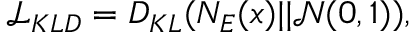
\mathcal { L } _ { K L D } = D _ { K L } ( N _ { E } ( x ) | | \mathcal { N } ( 0 , 1 ) ) ,